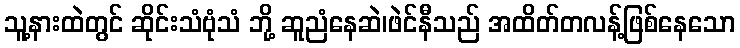
သူ့နားထဲတွင် ဆိုင်းသံဗုံသံ ဘို့ ဆူညံနေဆဲ၊ဖဲင်နီသည် အထိတ်တလန့်ဖြစ်နေသော